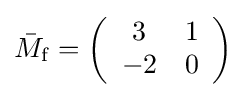
\textstyle {\bar {M}}_{\mathrm {f} }=\left({\begin{array}{cc}3&1\\-2&0\end{array}}\right)